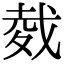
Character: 𢧇